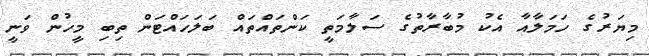
މިޔަރުގެ ހަމަލާއާ އެކު މުބާރާތުގެ ސަލާމަތީ ކަންތައްތައް ބަލަހައްޓަން ތިބި މީހުން ވަނީ